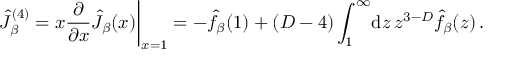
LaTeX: \hat { J } _ { \beta } ^ { ( 4 ) } = x { \frac { \partial } { \partial x } } \hat { J } _ { \beta } ( x ) \bigg \vert _ { x = 1 } = - \hat { f } _ { \beta } ( 1 ) + ( D - 4 ) \int _ { 1 } ^ { \infty } \! \mathrm { d } z \, z ^ { 3 - D } \hat { f } _ { \beta } ( z ) \, .